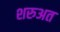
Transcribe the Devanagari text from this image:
शरुअत